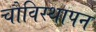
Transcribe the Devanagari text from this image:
चौविस्थापन